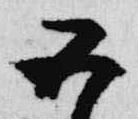
五